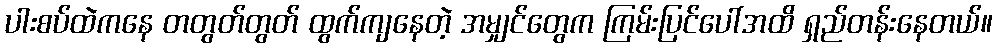
ပါးစပ်ထဲကနေ တတွတ်တွတ် ထွက်ကျနေတဲ့ အမျှင်တွေက ကြမ်းပြင်ပေါ်အထိ ရှည်တန်းနေတယ်။